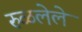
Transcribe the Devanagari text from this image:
रुळलेले